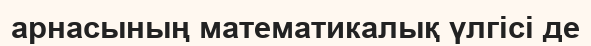
арнасының математикалық үлгісі де